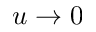
u \rightarrow 0